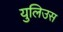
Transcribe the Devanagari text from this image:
युलिउस